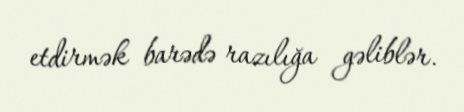
etdirmək barədə razılığa gəliblər.